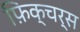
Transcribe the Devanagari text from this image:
फ़िक्चर्स